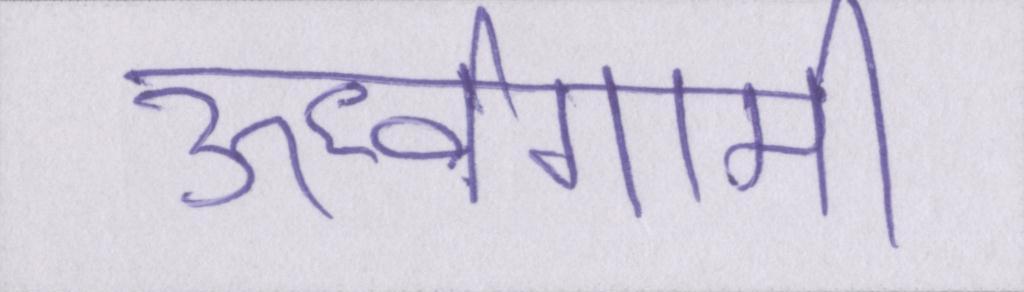
ऊर्ध्वगामी